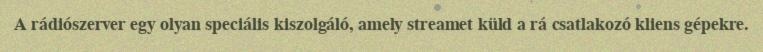
A rádiószerver egy olyan speciális kiszolgáló, amely streamet küld a rá csatlakozó kliens gépekre.